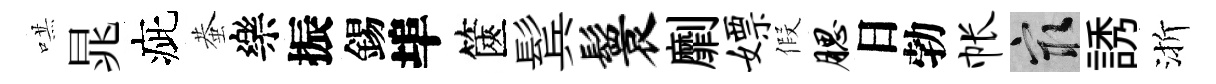
哄晁疵蛬樂振錫埠篋鬂鬟劘嫖假腮日勃帐冣誘渐